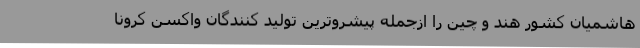
هاشمیان کشور هند و چین را ازجمله پیشروترین تولید کنندگان واکسن کرونا